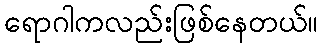
ရောဂါကလည်းဖြစ်နေတယ်။